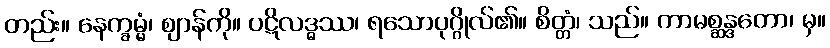
တည်း။ နေက္ခမ္မံ၊ ဈာန်ကို။ ပဋိလဒ္ဓဿ၊ ရသောပုဂ္ဂိုလ်၏။ စိတ္တံ၊ သည်။ ကာမစ္ဆန္ဒတော၊ မှ။